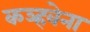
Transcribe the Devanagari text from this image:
कञ्हवेना